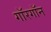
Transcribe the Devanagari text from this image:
गॉरगॉन